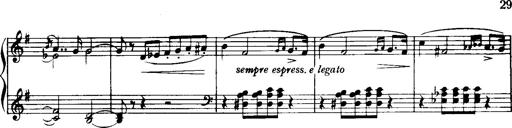
Title: Historische ungarische Bildnisse
Composer: Franz Liszt